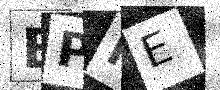
Text: EPFE